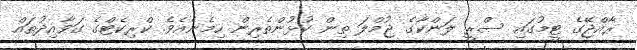
ރާއްޖޭގެ ޓީމުގައި ސްރީ ލަންކާގެ ޖުމްލަ ތިން ކުޅުންތެރިން ހިމެނެއެވެ. ކްރިކެޓްގެ ގަވާއިދުތައް